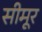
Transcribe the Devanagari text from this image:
सीमूर